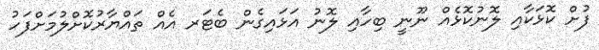
ފުށް ކޮޅަކާއި ލޮނުކޮޅެއް ނޫނީ ބިހާއި ލޮނު އަޅައިގެން ބެޓަރ އެއް ތައްޔާރުކޮށްލުމަށްފަހު